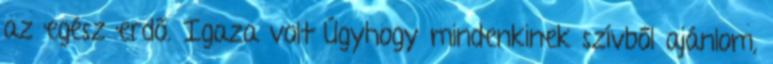
az egész erdő. Igaza volt Úgyhogy mindenkinek szívből ajánlom,